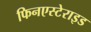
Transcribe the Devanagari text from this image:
फिनएस्टेराइड